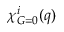
\chi _ { G = 0 } ^ { i } ( q )